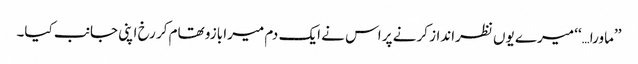
’’ماورا…‘‘ میرے یوں نظرانداز کرنے پر اس نے ایک دم میرا بازو تھام کر رخ اپنی جانب کیا۔